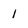
Character: 1